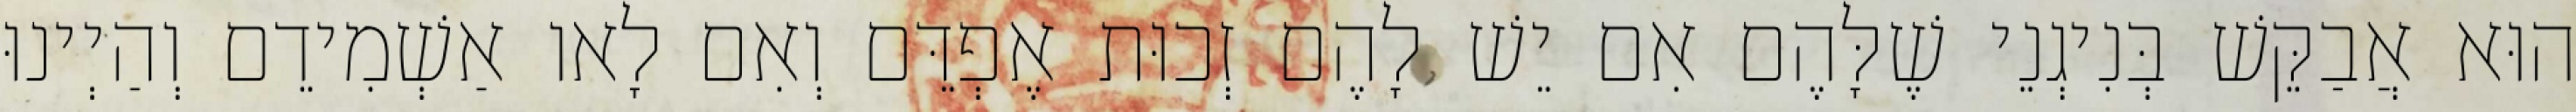
הוּא אֲבַקֵּשׁ בְּנִיגְנֵי שֶׁלָּהֶם אִם יֵשׁ לָהֶם זְכוּת אֶפְדֵּם וְאִם לָאו אַשְׁמִידֵם וְהַיְינוּ